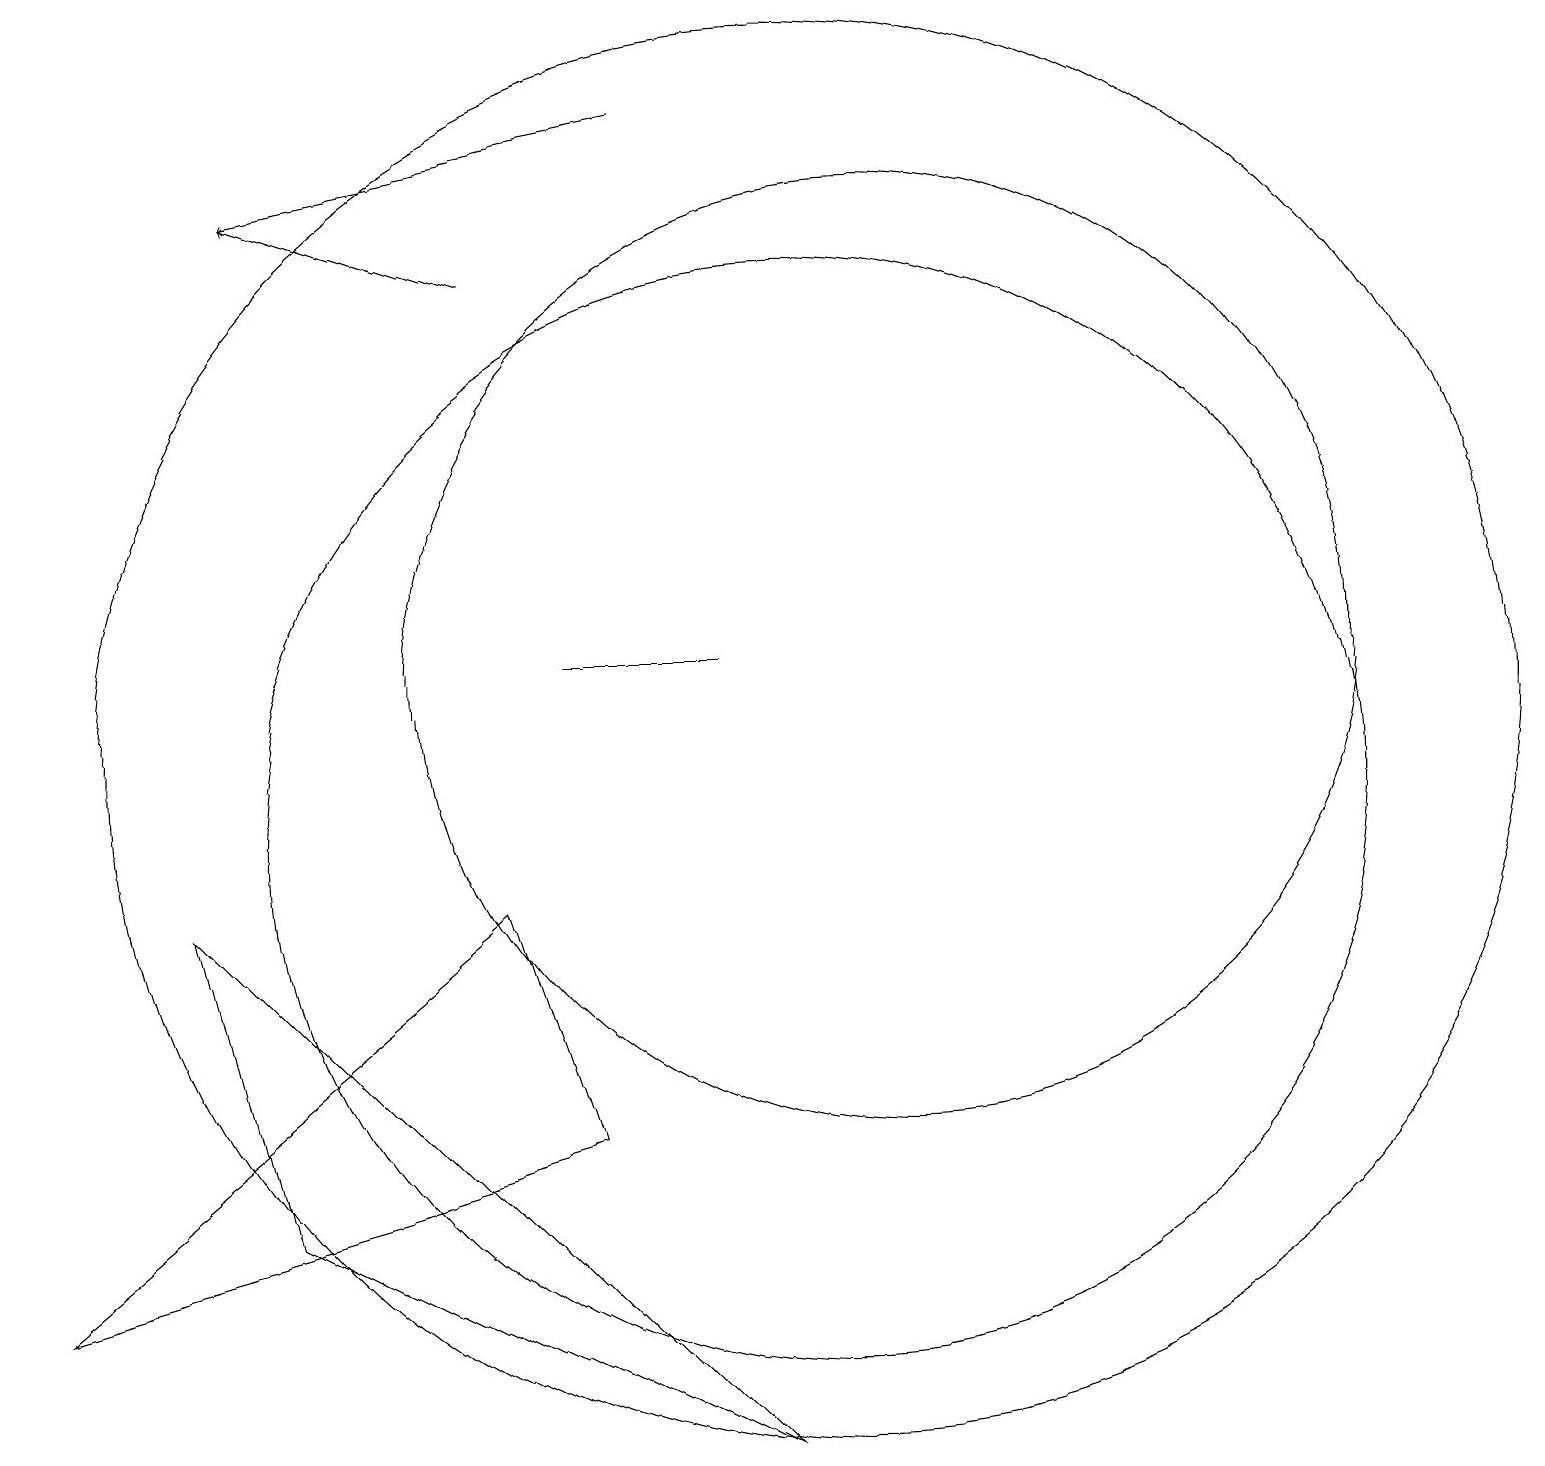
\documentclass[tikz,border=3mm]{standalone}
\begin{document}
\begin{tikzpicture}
\draw (11,12) circle (6);
\draw (7,12) rectangle (9,12);
\draw (10,11) circle (9);
\draw (10,10) circle (7);
\draw (7,6) -- (6,9) -- (0,4) -- cycle;
\draw[->] (6,17) -- (3,18);
\draw (3,5) -- (9,2) -- (2,9) -- cycle;
\draw[->] (8,19) -- (3,18);
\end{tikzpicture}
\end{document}